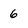
Character: 6